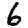
Digit: 6